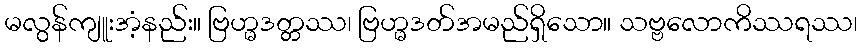
မလွန်ကျူးအံ့နည်း။ ဗြဟ္မဒတ္တဿ၊ ဗြဟ္မဒတ်အမည်ရှိသော။ သဗ္ဗလောကိဿရဿ၊